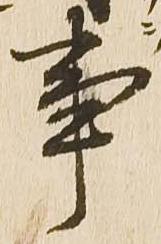
事